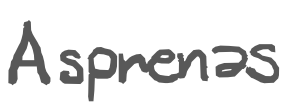
Text: Asprenas
Cross-out: clean
Writing tool: digital_gray